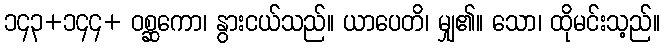
၁၄၃+၁၄၄+ ဝစ္ဆကော၊ နွားငယ်သည်။ ယာပေတိ၊ မျှ၏။ သော၊ ထိုမင်းသ့ည်။